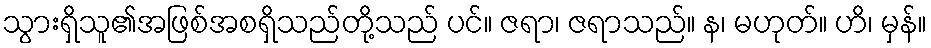
သွားရှိသူ၏အဖြစ်အစရှိသည်တို့သည် ပင်။ ဇရာ၊ ဇရာသည်။ န၊ မဟုတ်။ ဟိ၊ မှန်။